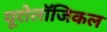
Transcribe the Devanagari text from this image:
यूरोलॉजिकल